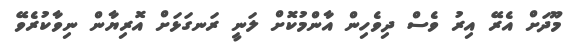
މޫދަށް އެރޭ އިރު ވެސް ދިވެހިން އާންމުކޮށް ލަނީ ރަނގަޅަށް އޮރިޔާން ނިވާކުރެވޭ